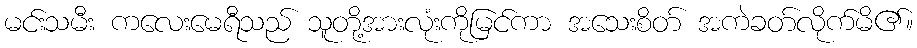
မင်းသမီး ကလေးမေရီသည် သူတို့အားလုံးကိုမြင်ကာ အသေးစိတ် အကဲခတ်လိုက်မိ၏။